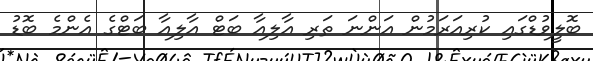
ބޮލީވުޑްގައި ކުރިއަރަމުން އަންނަ ތަރި އާލިއާ ބަޓް އާލިއާ ބަޓްގެ އެންމެ ބޮޑު